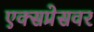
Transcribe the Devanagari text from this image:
एक्सप्रेसवर